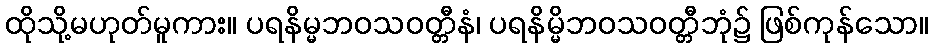
ထိုသို့မဟုတ်မူကား။ ပရနိမ္မဘဝသဝတ္တီနံ၊ ပရနိမ္မိဘဝသဝတ္တီဘုံ၌ ဖြစ်ကုန်သော။